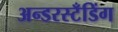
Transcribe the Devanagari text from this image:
अन्डरस्टँडिंग